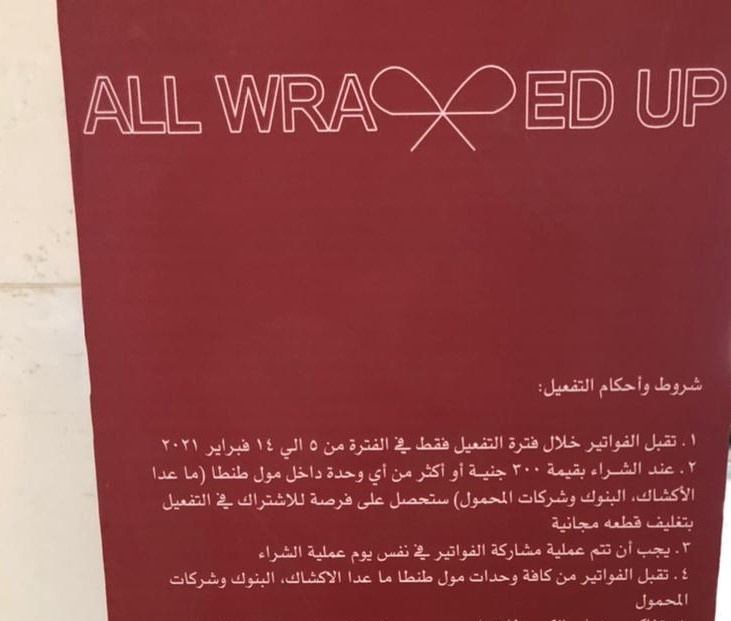
Text in image: شروط التفعيل: وأحكام 1 تقبل الفواتير خلال فقط فترة التفعيل في 14 2021 5 الفترة فبراير من الى 2 عند الشراء 300 بقيمة جنية أو طنطا اكثر عدا داخل (ما أي وحدة مول من الأكشاك البنوك وشركات المحمول) فرصة في للاشتراك ستحصل على التفعيل قطعه بتغليف مجانية 3 أن عملية تتم مشاركة يجب في الفواتير نفس عملية الشراء يوم 4 تقبل كافة طنطا ما الاكشاك الفواتير من وحدات عدا مول البنوك وشركات المحمول UP ED WRA ALL